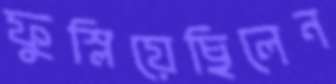
ফুস্‌লিয়েছিলেন